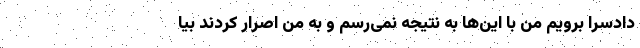
دادسرا برویم من با این‌ها به نتیجه نمی‌رسم و به من اصرار کردند بیا